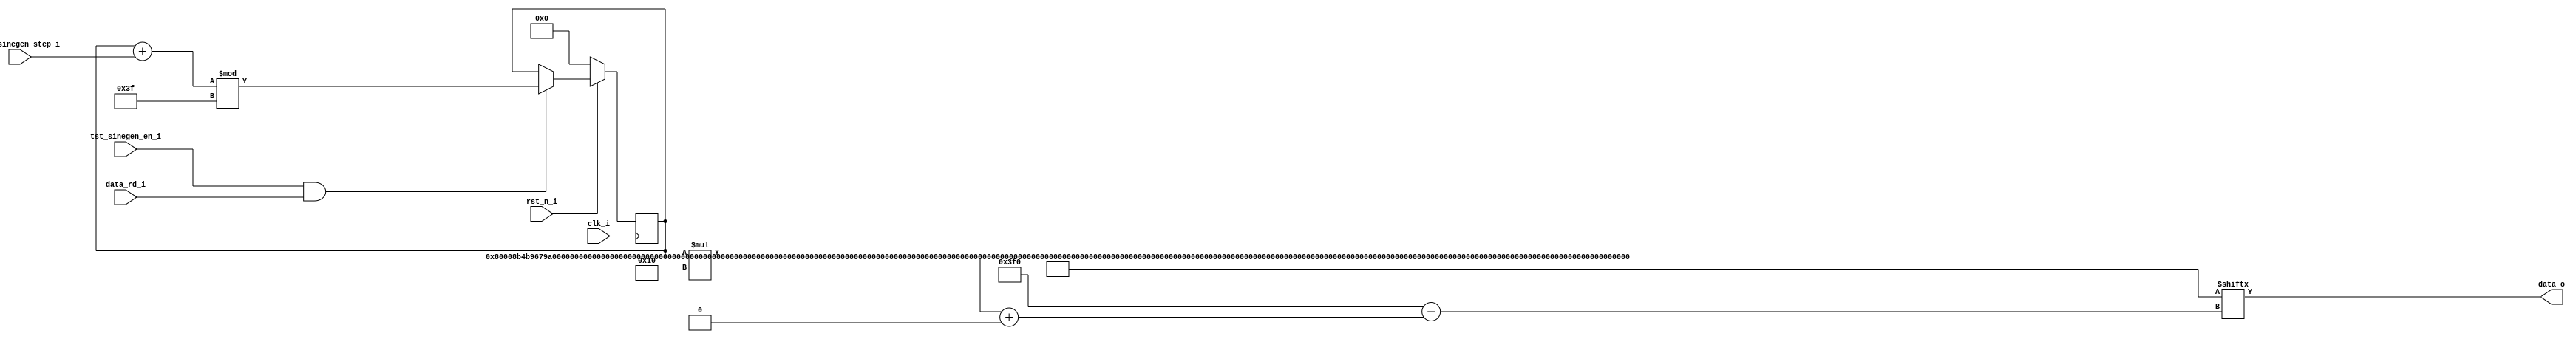
/*
* SPDX-FileCopyrightText: 2022 Harald Pretl
* Johannes Kepler University, Institute for Integrated Circuits
*
* Licensed under the Apache License, Version 2.0 (the "License");
* you may not use this file except in compliance with the License.
* You may obtain a copy of the License at
*
*      http://www.apache.org/licenses/LICENSE-2.0
*
* Unless required by applicable law or agreed to in writing, software
* distributed under the License is distributed on an "AS IS" BASIS,
* WITHOUT WARRANTIES OR CONDITIONS OF ANY KIND, either express or implied.
* See the License for the specific language governing permissions and
* limitations under the License.
* SPDX-License-Identifier: Apache-2.0
*
* Simple sine-generator based on LUT.
*/

`default_nettype none
`ifndef __AUDIODAC_SINEGEN
`define __AUDIODAC_SINEGEN

module audiodac_sinegen (
	output wire	[15:0]			data_o,
	input					data_rd_i,
	input					rst_n_i,
	input					clk_i,

	input					tst_sinegen_en_i,
	input		[3:0]			tst_sinegen_step_i
);

	reg		[5:0]			read_ptr;

	// this bitpattern is a 16b UINT sine with a period of 64 samples with
	// 90% amplitude and an offset of 0x8000
	/* verilator lint_off LITENDIAN */
	localparam [0:(64*16)-1] sin_const = {
		16'h8000,16'h8B4B,16'h9679,16'hA171,16'hAC16,16'hB64E,16'hC000,16'hC915,
		16'hD175,16'hD90D,16'hDFC9,16'hE599,16'hEA6E,16'hEE3D,16'hF0FD,16'hF2A5,
		16'hF333,16'hF2A5,16'hF0FD,16'hEE3D,16'hEA6E,16'hE599,16'hDFC9,16'hD90D,
		16'hD175,16'hC915,16'hC000,16'hB64E,16'hAC16,16'hA171,16'h9679,16'h8B4B,
		16'h8000,16'h74B5,16'h6987,16'h5E8F,16'h53EA,16'h49B2,16'h4000,16'h36EB,
		16'h2E8B,16'h26F3,16'h2037,16'h1A67,16'h1592,16'h11C3,16'h0F03,16'h0D5B,
		16'h0CCD,16'h0D5B,16'h0F03,16'h11C3,16'h1592,16'h1A67,16'h2037,16'h26F3,
		16'h2E8B,16'h36EB,16'h4000,16'h49B2,16'h53EA,16'h5E8F,16'h6987,16'h74B5
	};
	/* verilator lint_on LITENDIAN */

	assign data_o = sin_const[read_ptr*16 +: 16];

	always @(posedge clk_i) begin
		if (!rst_n_i) begin
			// reset all registers
			read_ptr <= 6'b0;
		end else begin
			if (tst_sinegen_en_i && data_rd_i) begin
				read_ptr <= (read_ptr + {2'b0,tst_sinegen_step_i}) % 6'b111111;
			end
		end
	end

endmodule // audiodac_fifo

`endif
`default_nettype wire